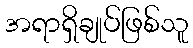
အရာရှိချုပ်ဖြစ်သူ